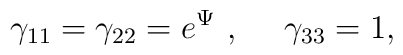
{\gamma}_{11} = {\gamma}_{22} = e^{\Psi} ~ , ~~~~ {\gamma}_{33} = 1 ,